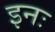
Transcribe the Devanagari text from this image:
इनः